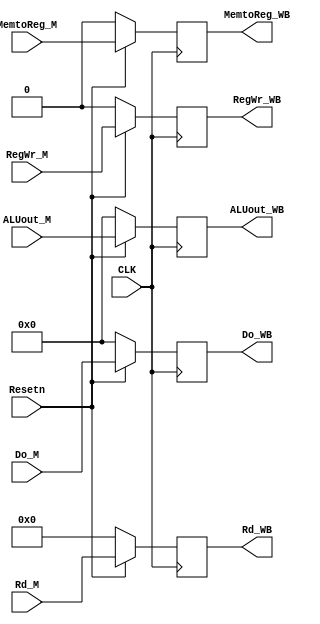
module M_WB_register (

    input CLK,
    input Resetn,
    input MemtoReg_M,
    input RegWr_M,
    input [31:0] Do_M,
    input [4:0] Rd_M,
    input [31:0] ALUout_M,
    

    //control signal
    output reg MemtoReg_WB,
    output reg RegWr_WB,

    output reg [31:0] Do_WB, //lw
    output reg [4:0] Rd_WB,// lw
    output reg [31:0] ALUout_WB //jal pc+4 Rd
);

always @(negedge CLK ) begin
    if(!Resetn) begin
        MemtoReg_WB <= 1'b0;
        RegWr_WB <= 1'b0;
        Do_WB <= 32'b0;
        Rd_WB <= 5'b0;
        ALUout_WB <=32'b0;
    end
    
    else begin
        MemtoReg_WB <= MemtoReg_M;
        RegWr_WB <= RegWr_M;
        Do_WB <= Do_M;
        Rd_WB <= Rd_M;
        ALUout_WB <= ALUout_M;
        
    end
end

    
endmodule